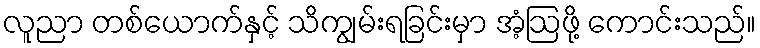
လူညာ တစ်ယောက်နှင့် သိကျွမ်းရခြင်းမှာ အံ့ဩဖို့ ကောင်းသည်။